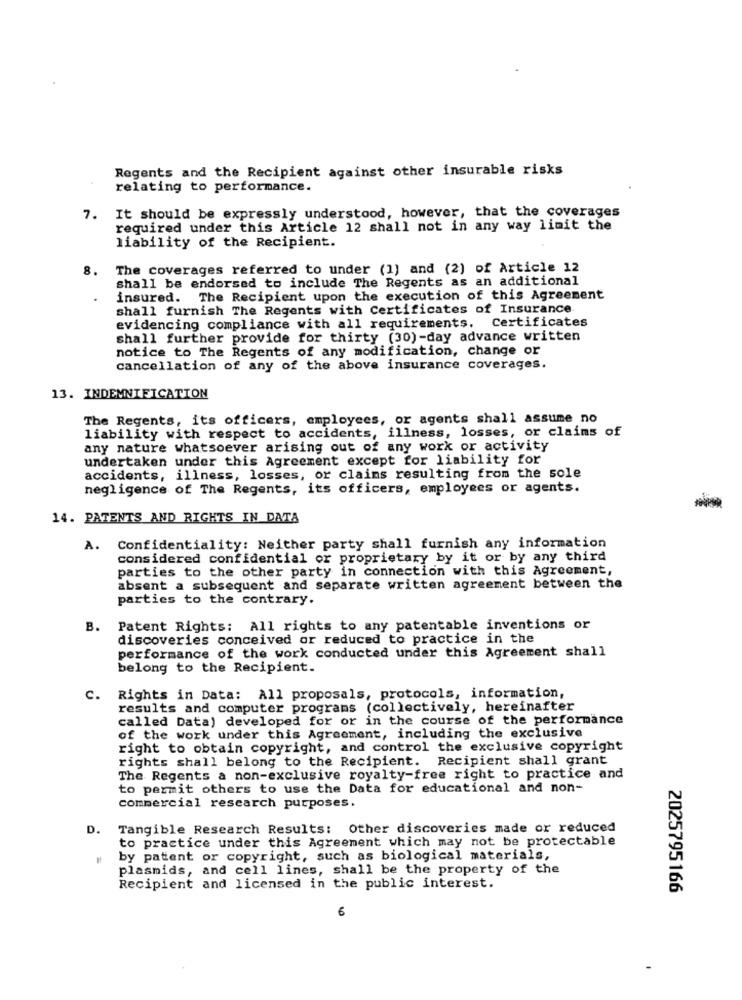
Regents and the Recipient against other insurable risks
relating to performance.
7. It should be expressly understood, however, that the coverages
required under this Article 12 shall not in any way limit the
liability of the Recipient.
8.
The coverages referred to under (1) and (2) of Article 12
shall be endorsed to include The Regents as an additional
insured. The Recipient upon the execution of this Agreement
shall furnish The Regents with Certificates of Insurance
evidencing compliance with all requirements. Certificates
shall further provide for thirty (30)-day advance written
notice to The Regents of any modification, change or
cancellation of any of the above insurance coverages.
13. INDEMNIFICATION
The Regents, its officers, employees, or agents shall assume no
liability with respect to accidents, illness, losses, or claims of
any nature whatsoever arising out of any work or activity
undertaken under this Agreement except for liability for
accidents, illness, losses, or claims resulting from the sole
negligence of The Regents, its officers, employees or agents.
14. PATENTS AND RIGHTS IN DATA
A. Confidentiality: Neither party shall furnish any information
considered confidential or proprietary by it or by any third
parties to the other party in connection with this Agreement,
absent a subsequent and separate written agreement between the
parties to the contrary.
B.
Patent Rights: All rights to any patentable inventions or
discoveries conceived or reduced to practice in the
performance of the work conducted under this Agreement shall
belong to the Recipient.
c.
Rights in Data: All proposals, protocols, information,
results and computer programs (collectively, hereinafter
called Data) developed for or in the course of the performance
of the work under this Agreement, including the exclusive
right to obtain copyright, and control the exclusive copyright
rights shall belong to the Recipient. Recipient shall grant
The Regents a non-exclusive royalty-free right to practice and
to permit others to use the Data for educational and non-
commercial research purposes.
D.
Tangible Research Results: Other discoveries made or reduced
to practice under this Agreement which may not be protectable
by patent or copyright, such as biological materials,
plasmids, and cell lines, shall be the property of the
Recipient and licensed in the public interest.
2025795166
6